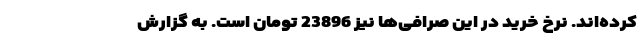
کرده‌اند. نرخ خرید در این صرافی‌ها نیز 23896 تومان است. به گزارش